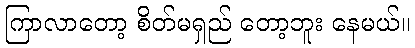
ကြာလာတော့ စိတ်မရှည် တော့ဘူး နေမယ်။